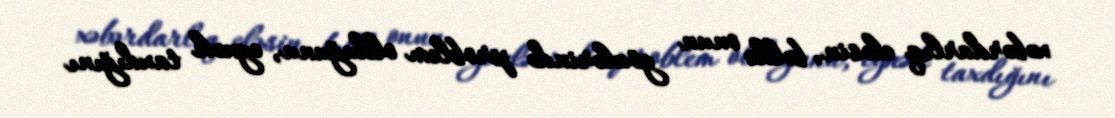
xəbərdarlıq eləsin, bəlkə onun gözlərində problem olduğunu, eynək taxdığını